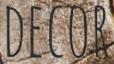
DECOR